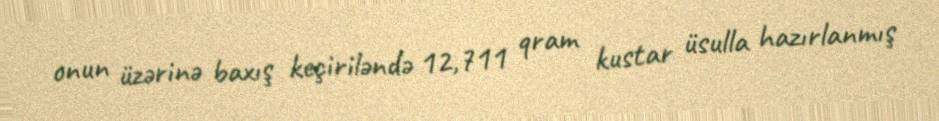
onun üzərinə baxış keçiriləndə 12,711 qram kustar üsulla hazırlanmış